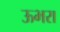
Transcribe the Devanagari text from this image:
ऊभरा